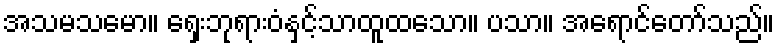
အသမသမော။ ရှေးဘုရားဝံနှင့်သာထူထသော။ ပသာ။ အရောင်တော်သည်။